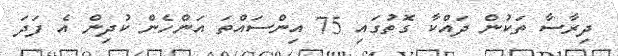
ދިރާސާ ތަކުން ދައްކާ ގޮތުގައި 75 އިންސައްތަ އަންހެން ކުދިން އެ ފަދަ